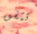
تتفق